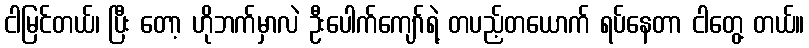
ငါမြင်တယ်၊ ပြီး တော့ ဟိုဘက်မှာလဲ ဦးပေါက်ကျော်ရဲ့ တပည့်တယောက် ရပ်နေတာ ငါတွေ့ တယ်။